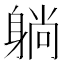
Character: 躺